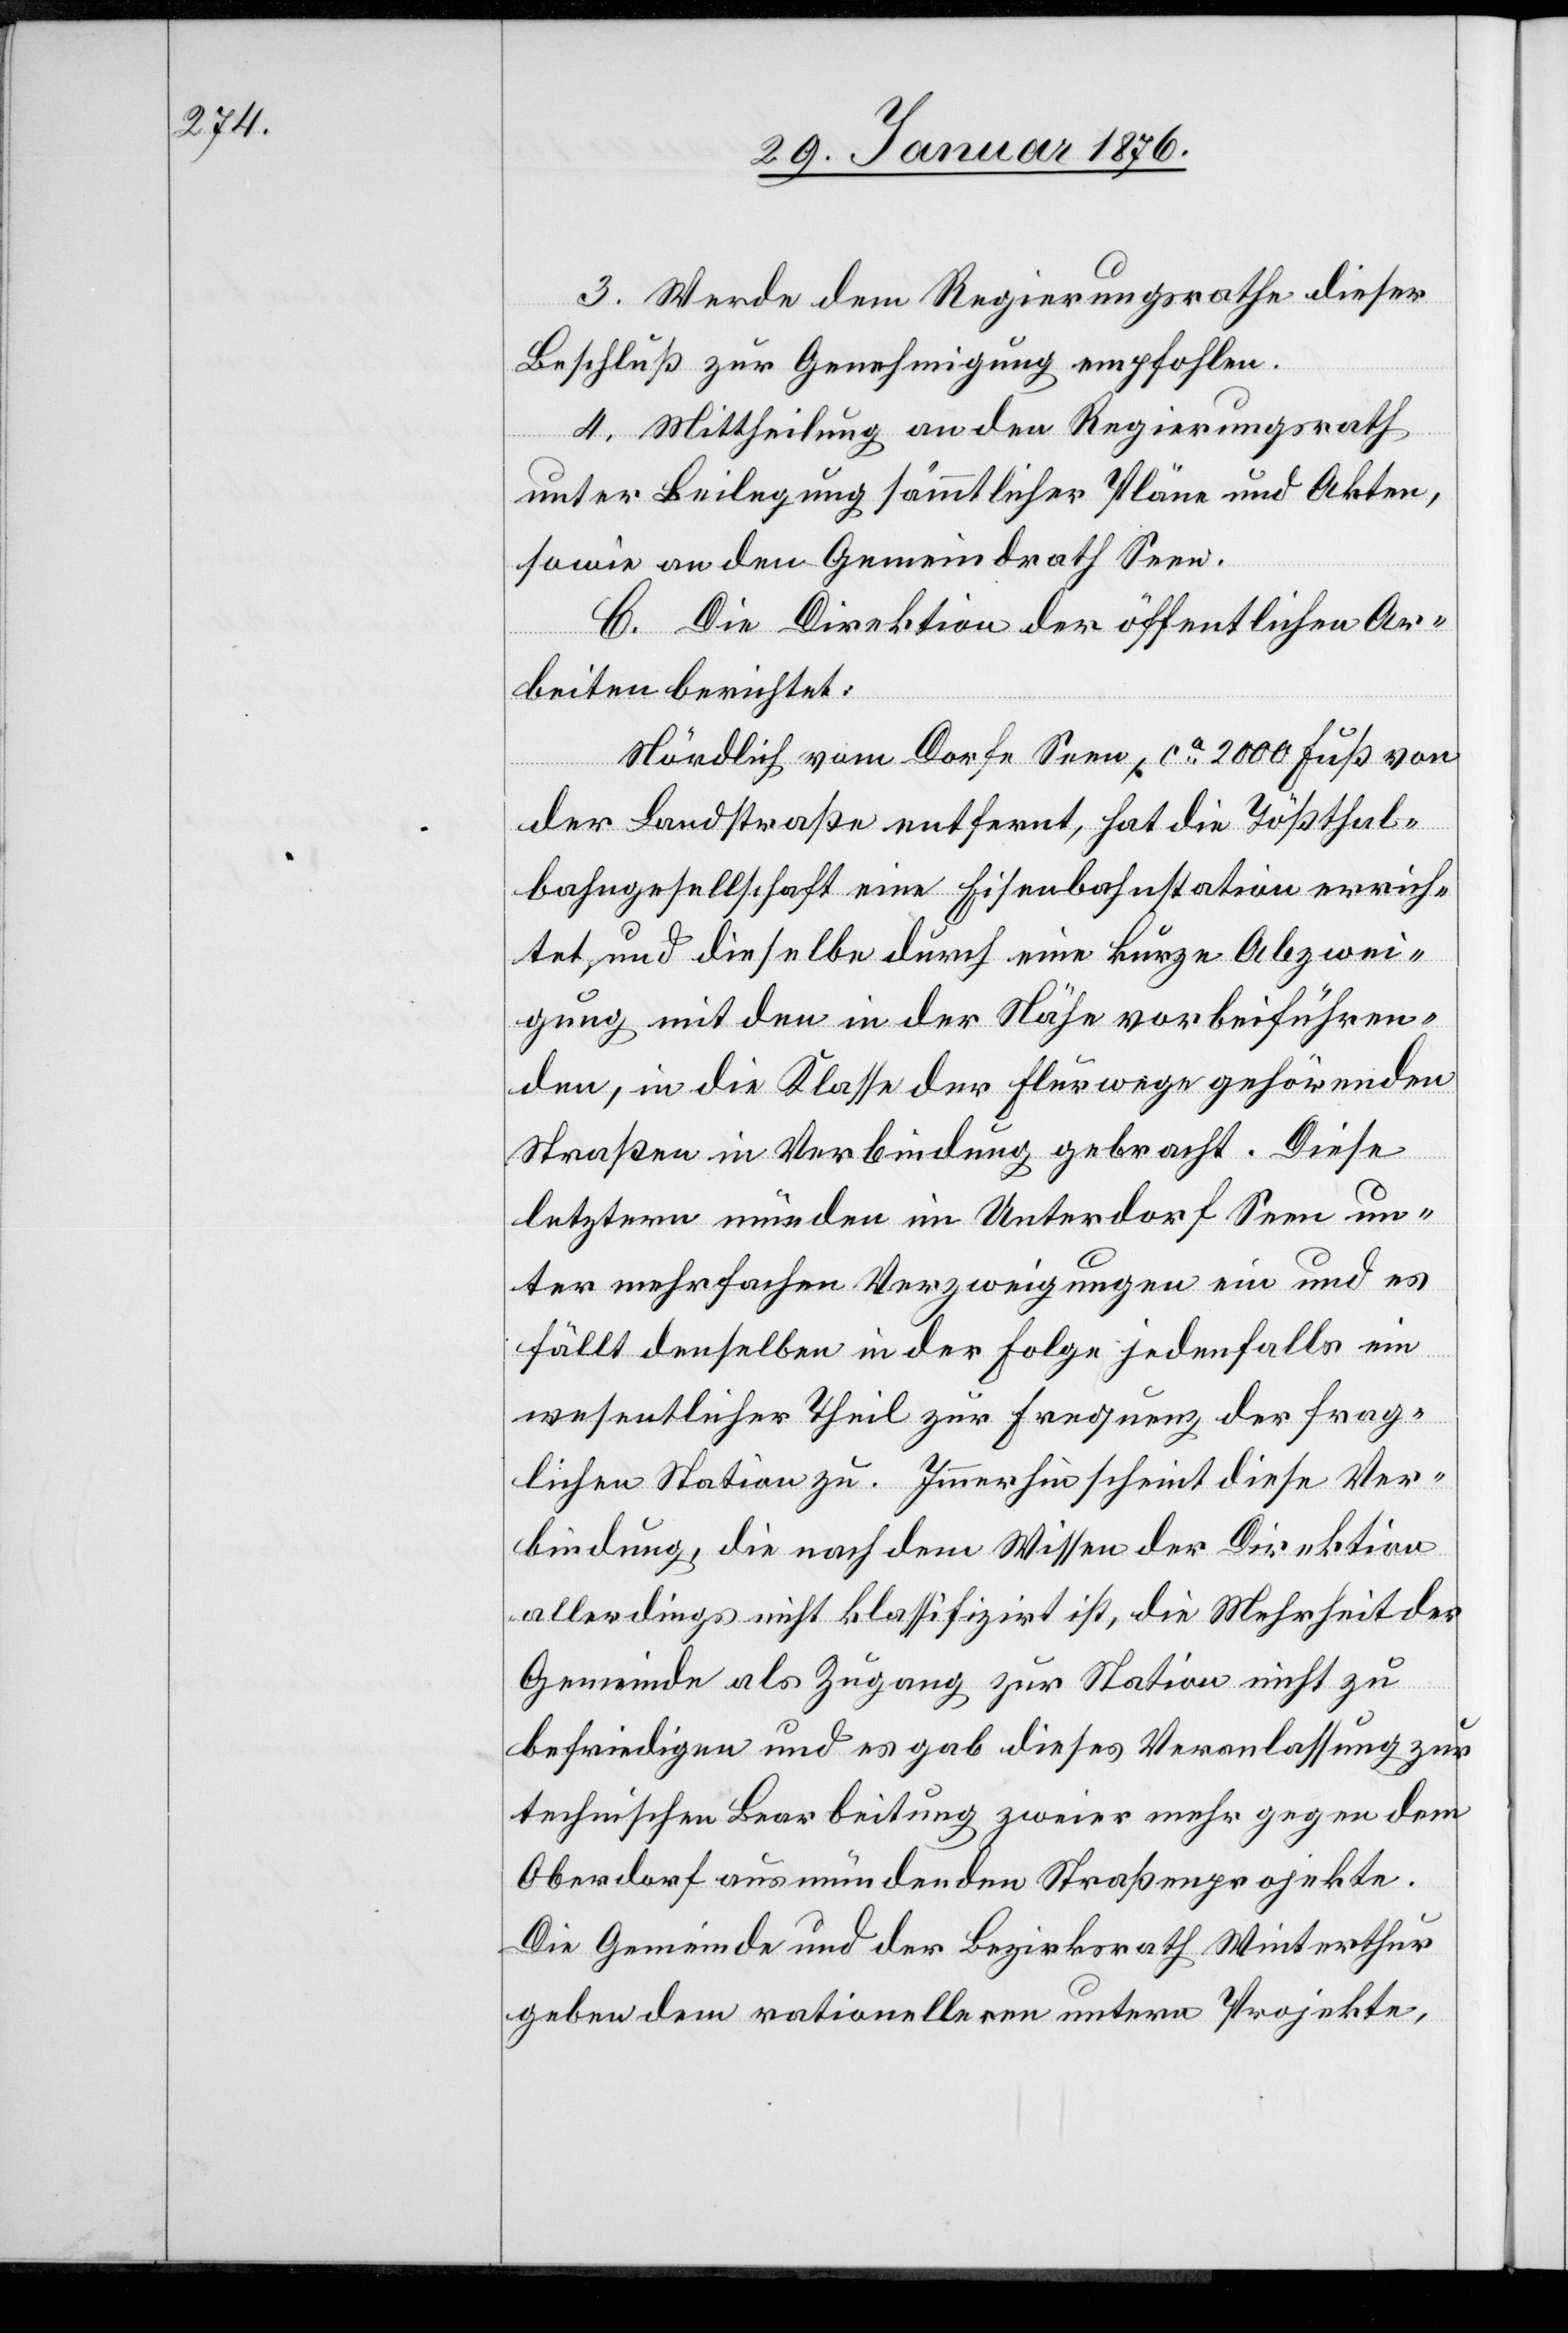
3. Werde dem Regierungsrathe dieser
Beschluß zur Genehmigung empfohlen.
4. Mittheilung an den Regierungsrath
unter Beilegung sämmtlicher Pläne und Akten,
sowie an den Gemeindrath Seen.
C. Die Direktion der öffentlichen Ar¬
beiten berichtet:
Nördlich vom Dorfe Seen, ca. 2000 Fuß von
der Landstraße entfernt, hat die Tößthal¬
bahngesellschaft eine Eisenbahnstation errich¬
tet, und dieselbe durch eine kurze Abzwei¬
gung mit den in der Nähe vorbeiführen¬
den, in die Klasse der Flurwege gehörenden
Straßen in Verbindung gebracht. Diese
letztern münden im Unterdorf Seen un¬
ter mehrfachen Verzweigungen ein und es
fällt denselben in der Folge jedenfalls ein
wesentlicher Theil zur Frequenz der frag¬
lichen Station zu. Immerhin scheint diese Ver¬
bindung, die nach dem Wissen der Direktion
allerdings nicht klassifizirt ist, die Mehrheit der
Gemeinde als Zugang zur Station nicht zu
befriedigen und es gab dieses Veranlassung zur
technischen Bearbeitung zweier mehr gegen dem
Oberdorf ausmündenden Straßenprojekte.
Die Gemeinde und der Bezirksrath Winterthur
geben dem rationelleren untern Projekte,